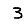
Digit: 3